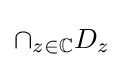
\cap _{z\in \mathbb {C} }D_{z}